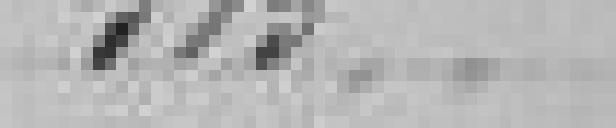
315,00